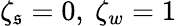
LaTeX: \zeta_{\mathfrak{s}}=0,\ \zeta_{w}=1